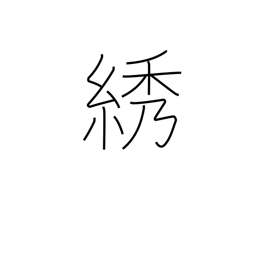
Meaning: embroidery